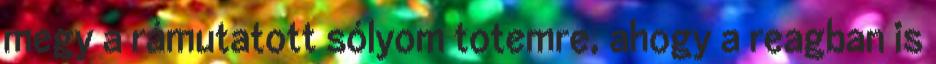
megy a rámutatott sólyom totemre, ahogy a reagban is